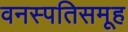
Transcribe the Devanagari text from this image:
वनस्पतिसमूह